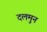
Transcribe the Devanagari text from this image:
दलमुन